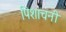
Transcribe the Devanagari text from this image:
पिशाचनी